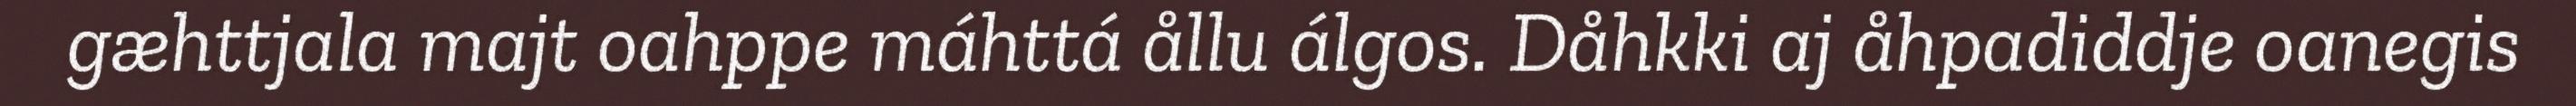
gæhttjala majt oahppe máhttá ållu álgos. Dåhkki aj åhpadiddje oanegis